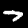
Digit: 7